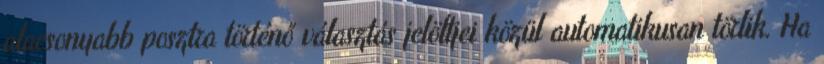
alacsonyabb posztra történő választás jelöltjei közül automatikusan törlik. Ha